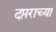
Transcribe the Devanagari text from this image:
दप्तराच्या